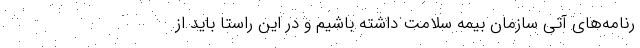
رنامه‌های آتی سازمان بیمه سلامت داشته باشیم و در این راستا باید از